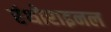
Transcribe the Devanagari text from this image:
एंथोराइनल